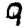
Digit: 9